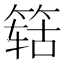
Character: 𬕛